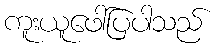
ကူးယူဖေါ်ပြပါသည်